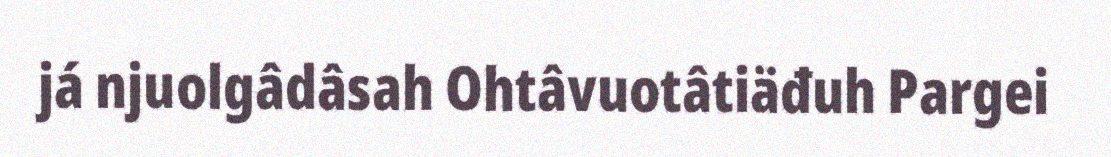
já njuolgâdâsah Ohtâvuotâtiäđuh Pargei